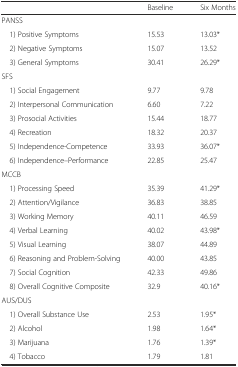
|  | Baseline | Six Months |
 | --- | --- | --- |
 | PANSS |  |  |
 | 1) Positive Symptoms | 15.53 | 13.03* |
 | 2) Negative Symptoms | 15.07 | 13.52 |
 | 3) General Symptoms | 30.41 | 26.29* |
 | SFS |  |  |
 | 1) Social Engagement | 9.77 | 9.78 |
 | 2) Interpersonal Communication | 6.60 | 7.22 |
 | 3) Prosocial Activities | 15.44 | 18.77 |
 | 4) Recreation | 18.32 | 20.37 |
 | 5) Independence-Competence | 33.93 | 36.07* |
 | 6) Independence--Performance | 22.85 | 25.47 |
 | MCCB |  |  |
 | 1) Processing Speed | 35.39 | 41.29* |
 | 2) Attention/Vigilance | 36.83 | 38.85 |
 | 3) Working Memory | 40.11 | 46.59 |
 | 4) Verbal Learning | 40.02 | 43.98* |
 | 5) Visual Learning | 38.07 | 44.89 |
 | 6) Reasoning and Problem-Solving | 40.00 | 43.85 |
 | 7) Social Cognition | 42.33 | 49.86 |
 | 8) Overall Cognitive Composite | 32.9 | 40.16* |
 | AUS/DUS |  |  |
 | 1) Overall Substance Use | 2.53 | 1.95* |
 | 2) Alcohol | 1.98 | 1.64* |
 | 3) Marijuana | 1.76 | 1.39* |
 | 4) Tobacco | 1.79 | 1.81 |